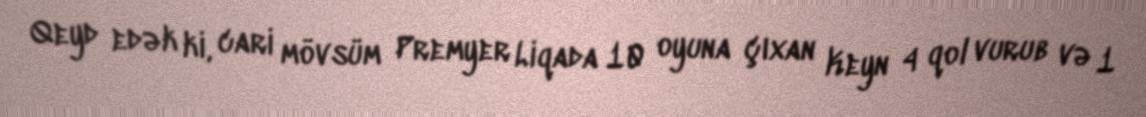
Qeyd edək ki, cari mövsüm Premyer Liqada 10 oyuna çıxan Keyn 4 qol vurub və 1